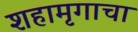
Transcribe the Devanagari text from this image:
शहामृगाचा